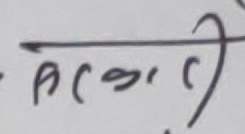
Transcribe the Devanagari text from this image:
अधिकार